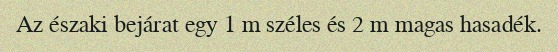
Az északi bejárat egy 1 m széles és 2 m magas hasadék.